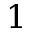
1